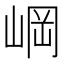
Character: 㟠